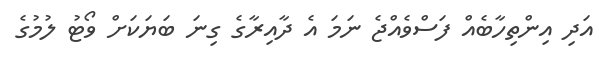
އަދި އިންތިހާބެއް ފަސްވެއްޖެ ނަމަ އެ ދާއިރާގެ ގިނަ ބަޔަކަށް ވޯޓު ލުމުގެ